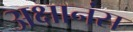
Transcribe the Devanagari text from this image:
अक्षानंस